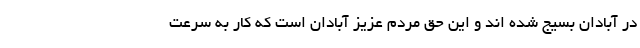
در آبادان بسیج شده اند و این حق مردم عزیز آبادان است که کار به سرعت